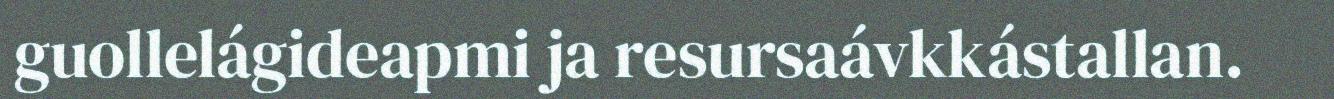
guollelágideapmi ja resursaávkkástallan.